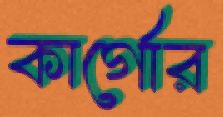
কার্গোর